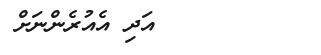
١٩٢        އަދި އެއުރެންނަށް